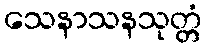
သေနာသနသုတ္တံ